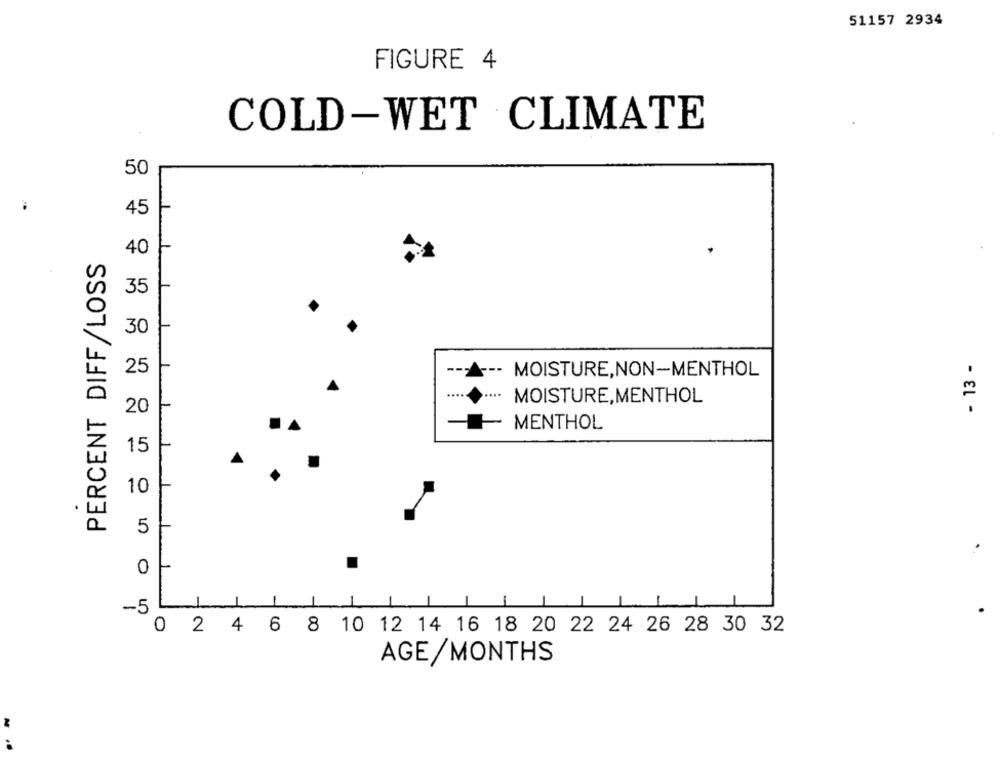
51157 2934
FIGURE 4
COLD-WET CLIMATE
50
45
40
PERCENT DIFF/LOSS
35
30
- 13 -
25
-- MOISTURE,NON-MENTHOL
MOISTURE,MENTHOL
20
MENTHOL
15
10
50 5 40 35 30 25 20 15 10
5
0
-5
1
0 2 4 6 8 10 12 14 16 18 20 22 24 26 28 30 32
AGE/MONTHS
..